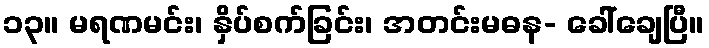
၁၃။ မရဏမင်း၊ နှိပ်စက်ခြင်း၊ အတင်းမဓန- ခေါ်ချေပြီ။